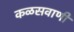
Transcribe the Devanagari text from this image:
कळसवाणी